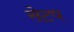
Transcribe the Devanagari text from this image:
सेटप